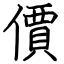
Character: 價